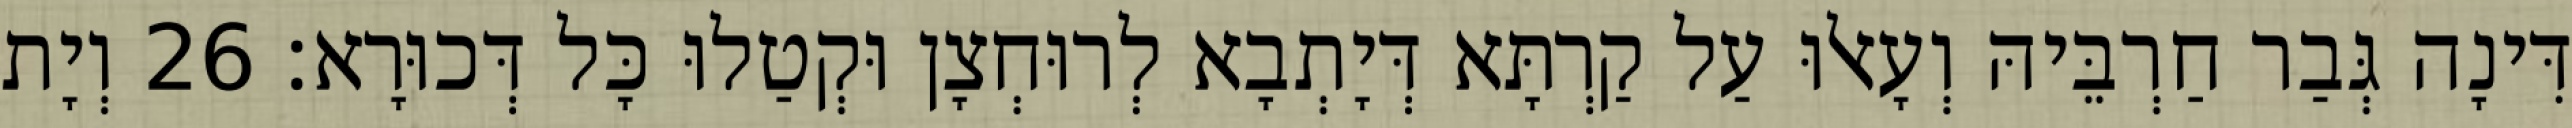
דִּינָה גְּבַר חַרְבֵּיהּ וְעָאלוּ עַל קַרְתָּא דְּיָתְבָא לְרוּחְצָן וּקְטַלוּ כָּל דְּכוּרָא׃ 26 וְיָת